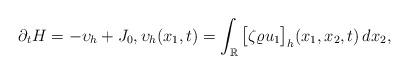
LaTeX: \begin{align*} \partial_t H=-\upsilon_h +J_0, \upsilon_h(x_1, t)=\int_{\mathbb R}\big[\zeta\varrho u_1\big]_h(x_1,x_2, t)\, dx_2,\end{align*}